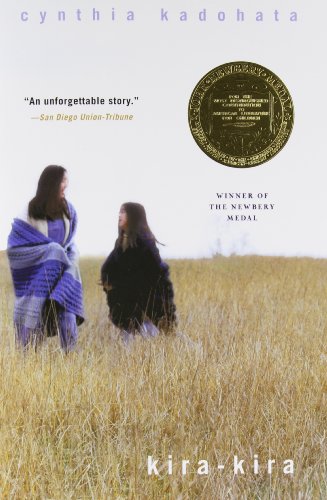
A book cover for Kira-Kira; Cynthia Kadohata; Literature & Fiction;